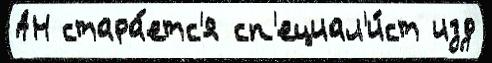
АН стара́етс'я сп'ециал'и́ст изд